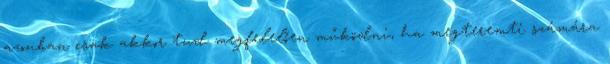
azonban csak akkor tud megfelelően működni, ha megteremti számára